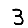
Digit: 3